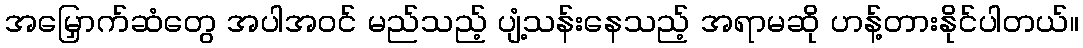
အမြှောက်ဆံတွေ အပါအဝင် မည်သည့် ပျံ့သန်းနေသည့် အရာမဆို ဟန့်တားနိုင်ပါတယ်။